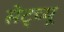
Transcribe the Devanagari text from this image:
सेट्च्यू